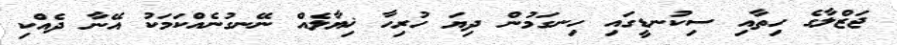
ޖަޒްލާގެ ހިތާއި ސިކުނޑީގައި ހިނގަމުން ދިޔަ ހުރިހާ ޚިޔާލެއް ނޭނގުނެއްކަމަކު އޭނާ ދެއްކި